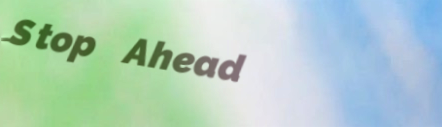
Stop Ahead